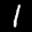
Label: 1